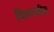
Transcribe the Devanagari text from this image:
विरूपणीय